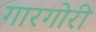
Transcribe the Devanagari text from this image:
गारगोरी